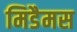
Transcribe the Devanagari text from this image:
मिडैमस